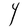
Character: Y